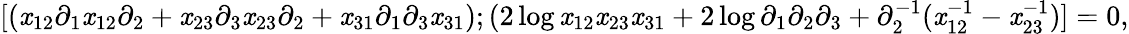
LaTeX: [(\mathit{x}_{12}\partial_{1}\mathit{x}_{12}\partial_{2}+\mathit{x}_{23}\partial_{3}\mathit{x}_{23}\partial_{2}+\mathit{x}_{31}\partial_{1}\partial_{3}\mathit{x}_{31});(2\log\mathit{x}_{12}\mathit{x}_{23}\mathit{x}_{31}+2\log\partial_{1}\partial_{2}\partial_{3}+\partial_{2}^{-1}(\mathit{x}_{12}^{-1}-\mathit{x}_{23}^{-1})]=0,